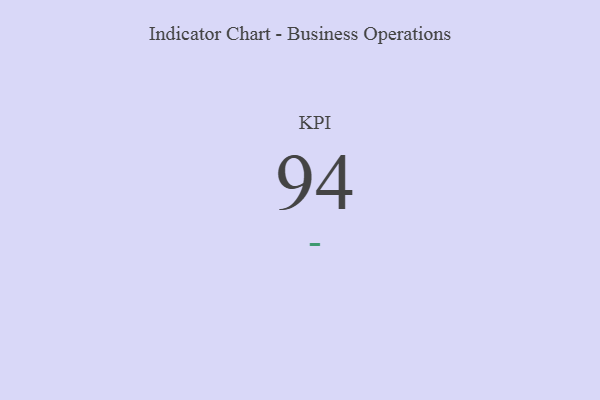
{"axis": {"x": "KPI", "y": "Value"}, "legend": [""], "data": [{"x": "KPI", "y": 94, "type": ""}]}